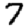
Digit: 7